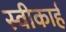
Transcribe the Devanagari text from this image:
स्वीकार्ह